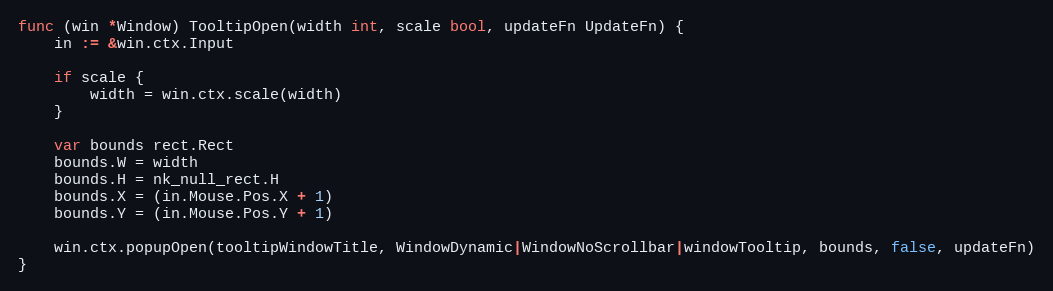
Language: Go
func (win *Window) TooltipOpen(width int, scale bool, updateFn UpdateFn) {
	in := &win.ctx.Input

	if scale {
		width = win.ctx.scale(width)
	}

	var bounds rect.Rect
	bounds.W = width
	bounds.H = nk_null_rect.H
	bounds.X = (in.Mouse.Pos.X + 1)
	bounds.Y = (in.Mouse.Pos.Y + 1)

	win.ctx.popupOpen(tooltipWindowTitle, WindowDynamic|WindowNoScrollbar|windowTooltip, bounds, false, updateFn)
}